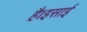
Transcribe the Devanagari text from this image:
है।इसाई